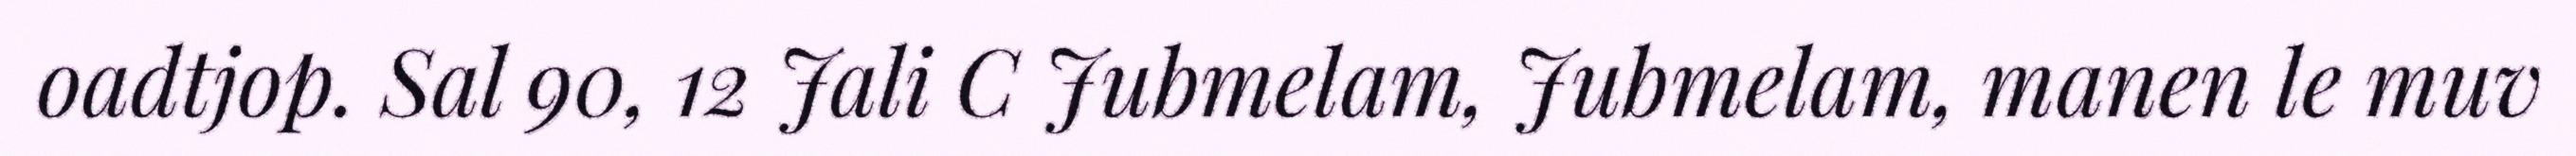
oadtjop. Sal 90, 12 Jali C Jubmelam, Jubmelam, manen le muv